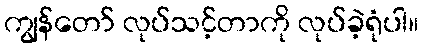
ကျွန်တော် လုပ်သင့်တာကို လုပ်ခဲ့ရုံပါ။